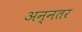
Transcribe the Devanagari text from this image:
अन्नतर